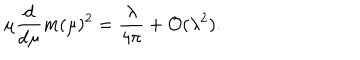
\mu \frac { d } { d \mu } m ( \mu ) ^ { 2 } = \frac { \lambda } { 4 \pi } + { \cal O } ( \lambda ^ { 2 } ) .